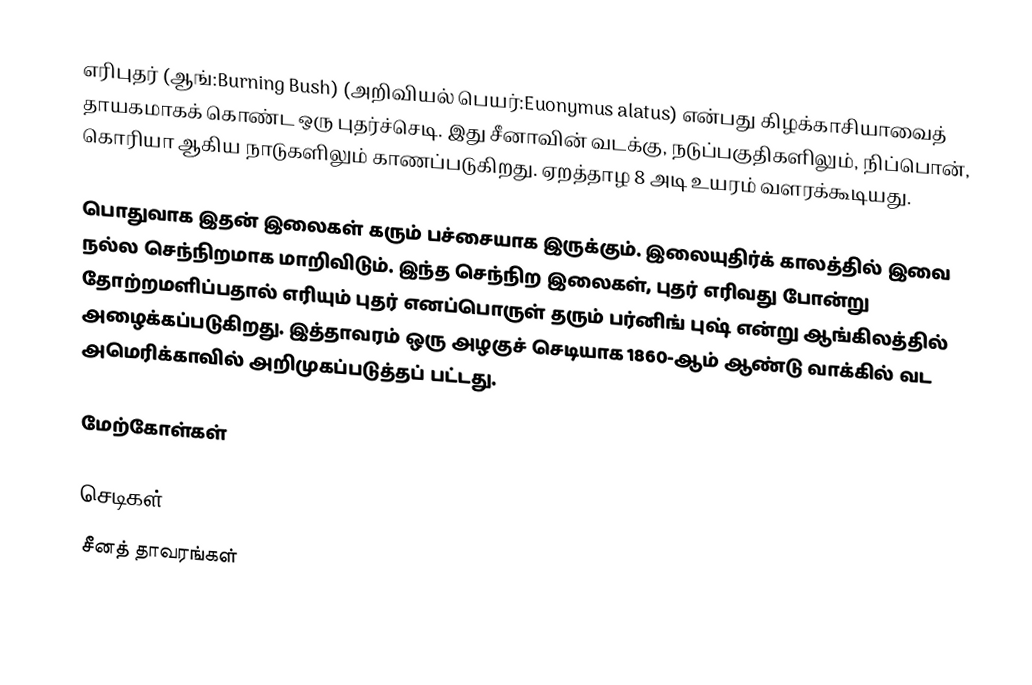
எரிபுதர் (ஆங்:Burning Bush) (அறிவியல் பெயர்:Euonymus alatus) என்பது கிழக்காசியாவைத் தாயகமாகக் கொண்ட ஒரு புதர்ச்செடி. இது சீனாவின் வடக்கு, நடுப்பகுதிகளிலும், நிப்பொன், கொரியா ஆகிய நாடுகளிலும் காணப்படுகிறது. ஏறத்தாழ 8 அடி உயரம் வளரக்கூடியது.

பொதுவாக இதன் இலைகள் கரும் பச்சையாக இருக்கும். இலையுதிர்க் காலத்தில் இவை நல்ல செந்நிறமாக மாறிவிடும். இந்த செந்நிற இலைகள், புதர் எரிவது போன்று தோற்றமளிப்பதால் எரியும் புதர் எனப்பொருள் தரும் பர்னிங் புஷ் என்று ஆங்கிலத்தில் அழைக்கப்படுகிறது. இத்தாவரம் ஒரு அழகுச் செடியாக 1860-ஆம் ஆண்டு வாக்கில் வட அமெரிக்காவில் அறிமுகப்படுத்தப் பட்டது.

மேற்கோள்கள்

செடிகள்
சீனத் தாவரங்கள்